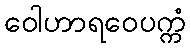
ဝေါဟာရဝေပက္ကံ